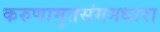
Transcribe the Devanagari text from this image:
करुणामृतसंगमधारा